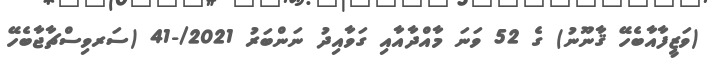
(ވަޒީފާއާބެހޭ ޤާނޫނު) ގެ 52 ވަނަ މާއްދާއާއި ގަވާއިދު ނަންބަރު 2021/-41 (ސަރވިސްޗާޖާބެހޭ